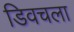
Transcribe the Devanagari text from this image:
डिवचला